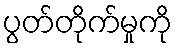
ပွတ်တိုက်မှုကို